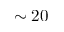
\sim 2 0